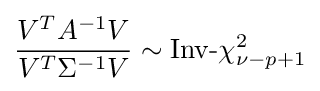
{\frac {V^{T}A^{-1}V}{V^{T}\Sigma ^{-1}V}}\sim {\text{Inv-}}\chi _{\nu -p+1}^{2}